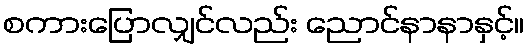
စကားပြောလျှင်လည်း ညောင်နာနာနှင့်။